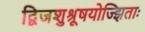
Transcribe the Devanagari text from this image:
द्विजशुश्रूषयोज्झिताः